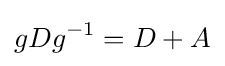
gDg^{-1}=D+A